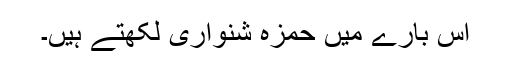
اس بارے میں حمزہ شنواری لکھتے ہیں۔